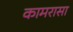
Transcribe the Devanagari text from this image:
कामरासा